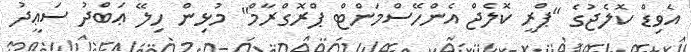
އެވިޑް ކޮލެޖުގެ "ޕްރީ ކޮލެޖް އެންހޭސްމަންޓް ޕްރޮގްރާމް" މުޅިން ހިލޭ ޢަބްދު ސަޢީދު